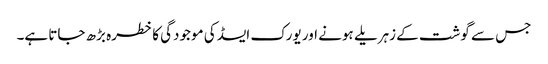
جس سے گوشت کے زہریلے ہونے اور یورک ایسڈ کی موجودگی کا خطرہ بڑھ جاتا ہے۔